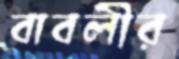
বাবলীর